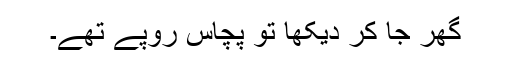
گھر جا کر دیکھا تو پچاس روپے تھے۔